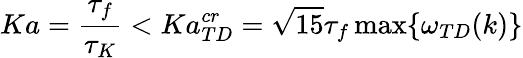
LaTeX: Ka=\frac{\tau_{f}}{\tau_{K}}<Ka_{TD}^{cr}=\sqrt{15}\tau_{f}\operatorname*{max}\{ \omega_{TD}(k)\}